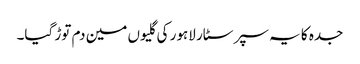
جدہ کا یہ سپر سٹار لاہور کی گلیوں مین دم توڑ گیا۔